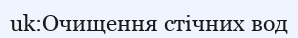
uk:Очищення стічних вод